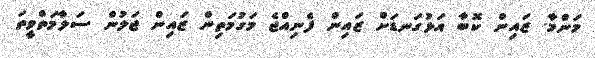
މަންމާ. ޒައިން ކޮބާ އަޅުގަނޑަށް ޒައިން ފެނިއްޖެ މަގުމަތިން ޒައިން ޖަލުން ސަލާމަތްވީތަ